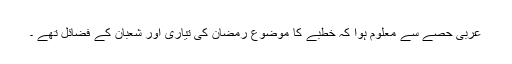
عربی حصے سے معلوم ہوا کہ خطبے کا موضوع رمضان کی تیاری اور شعبان کے فضائل تھے ۔